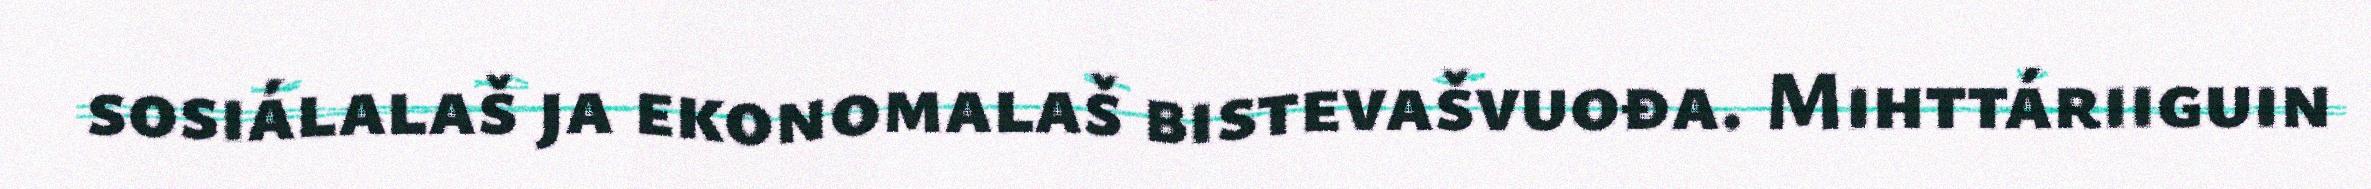
sosiálalaš ja ekonomalaš bistevašvuođa. Mihttáriiguin